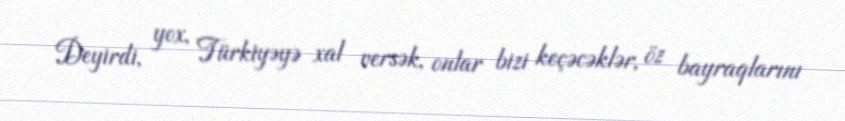
Deyirdi, yox, Türkiyəyə xal versək, onlar bizi keçəcəklər, öz bayraqlarını